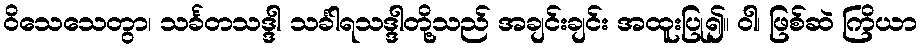
ဝိသေသေတွာ၊ သင်္ခတသဒ္ဒါ သင်္ခါရသဒ္ဒါတို့သည် အချင်းချင်း အထူးပြု၍။ ဝါ၊ ဖြစ်ဆဲ ကြိယာ